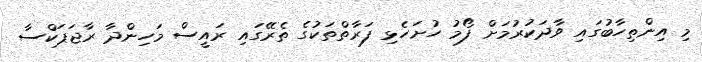
މި އިންތިހާބުގައި ވާދަކުރުމަށް ފޯމު ހުށަހެޅި ފަރާތްތަކުގެ ތެރޭގައި ރައީސް މަހިންދާ ރާޖަޕަކްސާ